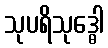
သုပရိသုဒ္ဓေါ